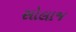
સોલાજ